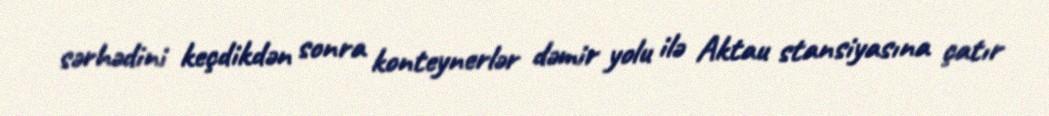
sərhədini keçdikdən sonra konteynerlər dəmir yolu ilə Aktau stansiyasına çatır